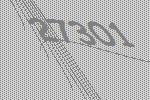
27301